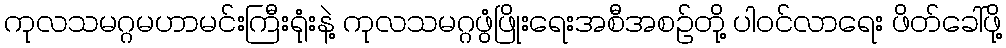
ကုလသမဂ္ဂမဟာမင်းကြီးရုံးနဲ့ ကုလသမဂ္ဂဖွံဖြိုးရေးအစီအစဉ်တို့ ပါဝင်လာရေး ဖိတ်ခေါ်ဖို့